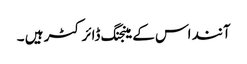
آنند اس کے مینجنگ ڈائرکٹر ہیں ۔